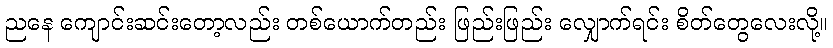
ညနေ ကျောင်းဆင်းတော့လည်း တစ်ယောက်တည်း ဖြည်းဖြည်း လျှောက်ရင်း စိတ်တွေလေးလို့။